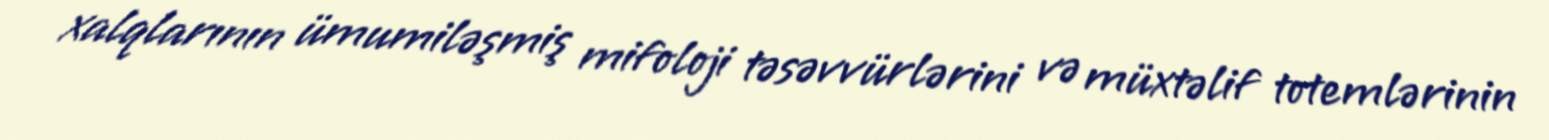
xalqlarının ümumiləşmiş mifoloji təsəvvürlərini və müxtəlif totemlərinin